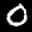
Digit: 0